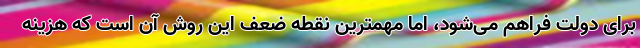
برای دولت فراهم می‌شود، اما مهمترین نقطه ضعف این روش آن است که هزینه